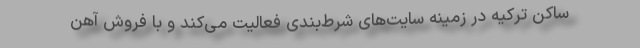
ساکن ترکیه در زمینه سایت‌های شرط‌بندی فعالیت می‌کند و با فروش آهن